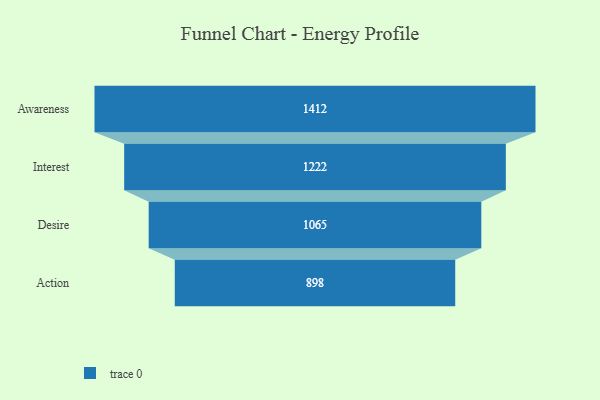
{"axis": {"x": "Stage", "y": "Value"}, "legend": [""], "data": [{"x": "Awareness", "y": 1412.0, "type": ""}, {"x": "Interest", "y": 1222.0, "type": ""}, {"x": "Desire", "y": 1065.0, "type": ""}, {"x": "Action", "y": 898.0, "type": ""}]}